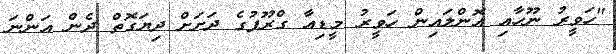
"ހަވީރު ނޫހާއި އޮންލައިން ހަވީރު މީޑިއާ ގްރޫޕުގެ ދަށަށް ދިޔަގޮތް ދެން އަންނަ